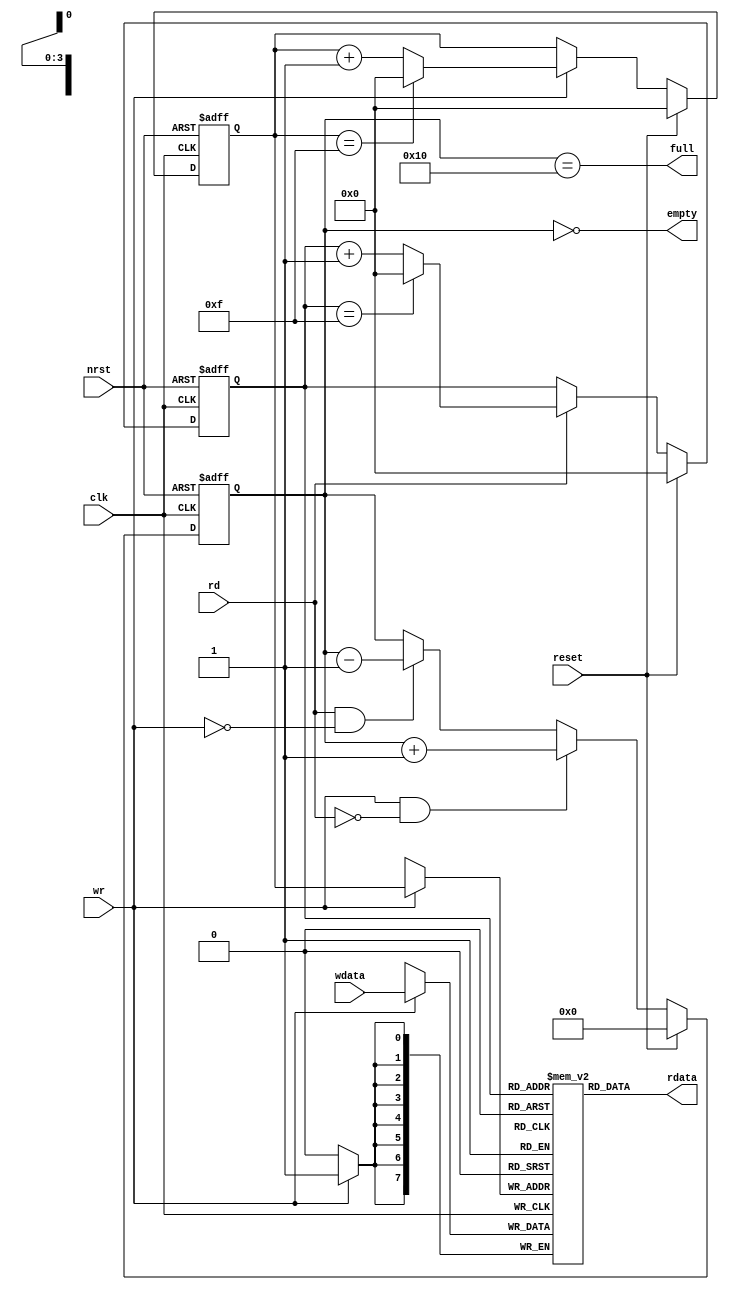
module fifo_16x8 (
    clk         ,   
    nrst        ,   
    reset       ,   
    wdata       ,   
    wr          ,   
    rd          ,   
    rdata       ,   
    empty       ,   
    full            
    ) ;
parameter           WIDTH = 8 ;
parameter           DEPTH = 16 ;
parameter           ADDR_BITS = 4 ;
input               clk ;
input               nrst ;
input               reset ;
input   [WIDTH-1:0] wdata ;
input               wr ;
input               rd ;
output  [WIDTH-1:0] rdata ;
output              empty ;
output              full ;
reg     [WIDTH-1:0]     mem [DEPTH-1:0] ;
reg     [ADDR_BITS:0]   cnt ;
reg     [ADDR_BITS-1:0] waddr ;
reg     [ADDR_BITS-1:0] raddr ;
assign empty = cnt == 0 ;
assign full = cnt == DEPTH ;
always @ (posedge clk or negedge nrst)
  if(~nrst)
    cnt <= 0 ; 
  else
  begin
    if (reset)
      cnt <= 0 ;
    else if (wr & ~rd)
      cnt <= cnt +1 ;
    else if (rd & ~wr)
      cnt <= cnt -1 ;
  end
always @ (posedge clk or negedge nrst)
  if(~nrst)
    waddr <= 0 ;
  else
  begin
    if (reset)
      waddr <= 0 ;
    else if (wr)
      waddr <= waddr == DEPTH -1 ? 0 : waddr +1 ;
  end
always @ (posedge clk or negedge nrst)
  if(~nrst)
    raddr <= 0 ;
  else
  begin
    if (reset)
      raddr <= 0 ;
    else if (rd)
      raddr <= raddr == DEPTH -1 ? 0 : raddr +1 ;   
  end 
always @ (posedge clk)
    if (wr)
      mem [waddr] <= wdata ;
assign rdata = mem [raddr] ;
endmodule